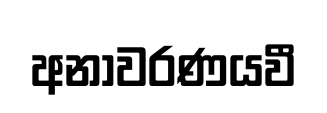
අනාවරණයවී